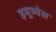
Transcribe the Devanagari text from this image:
इमूब्येल